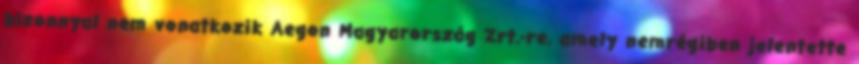
bizonnyal nem vonatkozik Aegon Magyarország Zrt.-re, amely nemrégiben jelentette